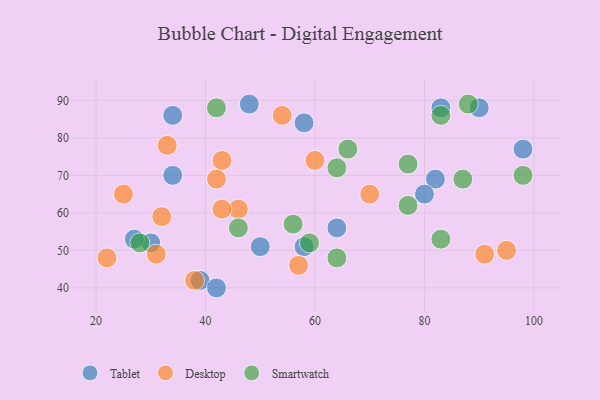
{"axis": {"x": "GDP", "y": "Life Expectancy"}, "legend": ["Desktop", "Smartwatch", "Tablet"], "data": [{"x": "39", "y": 42, "type": "Tablet"}, {"x": "30", "y": 52, "type": "Tablet"}, {"x": "48", "y": 89, "type": "Tablet"}, {"x": "58", "y": 84, "type": "Tablet"}, {"x": "82", "y": 69, "type": "Tablet"}, {"x": "98", "y": 77, "type": "Tablet"}, {"x": "50", "y": 51, "type": "Tablet"}, {"x": "34", "y": 86, "type": "Tablet"}, {"x": "58", "y": 51, "type": "Tablet"}, {"x": "64", "y": 56, "type": "Tablet"}, {"x": "34", "y": 70, "type": "Tablet"}, {"x": "90", "y": 88, "type": "Tablet"}, {"x": "83", "y": 88, "type": "Tablet"}, {"x": "27", "y": 53, "type": "Tablet"}, {"x": "80", "y": 65, "type": "Tablet"}, {"x": "42", "y": 40, "type": "Tablet"}, {"x": "95", "y": 50, "type": "Desktop"}, {"x": "33", "y": 78, "type": "Desktop"}, {"x": "54", "y": 86, "type": "Desktop"}, {"x": "31", "y": 49, "type": "Desktop"}, {"x": "60", "y": 74, "type": "Desktop"}, {"x": "91", "y": 49, "type": "Desktop"}, {"x": "43", "y": 74, "type": "Desktop"}, {"x": "32", "y": 59, "type": "Desktop"}, {"x": "38", "y": 42, "type": "Desktop"}, {"x": "22", "y": 48, "type": "Desktop"}, {"x": "46", "y": 61, "type": "Desktop"}, {"x": "42", "y": 69, "type": "Desktop"}, {"x": "43", "y": 61, "type": "Desktop"}, {"x": "25", "y": 65, "type": "Desktop"}, {"x": "70", "y": 65, "type": "Desktop"}, {"x": "57", "y": 46, "type": "Desktop"}, {"x": "83", "y": 53, "type": "Smartwatch"}, {"x": "77", "y": 73, "type": "Smartwatch"}, {"x": "59", "y": 52, "type": "Smartwatch"}, {"x": "42", "y": 88, "type": "Smartwatch"}, {"x": "83", "y": 86, "type": "Smartwatch"}, {"x": "77", "y": 62, "type": "Smartwatch"}, {"x": "56", "y": 57, "type": "Smartwatch"}, {"x": "28", "y": 52, "type": "Smartwatch"}, {"x": "46", "y": 56, "type": "Smartwatch"}, {"x": "98", "y": 70, "type": "Smartwatch"}, {"x": "66", "y": 77, "type": "Smartwatch"}, {"x": "64", "y": 72, "type": "Smartwatch"}, {"x": "64", "y": 48, "type": "Smartwatch"}, {"x": "88", "y": 89, "type": "Smartwatch"}, {"x": "87", "y": 69, "type": "Smartwatch"}]}